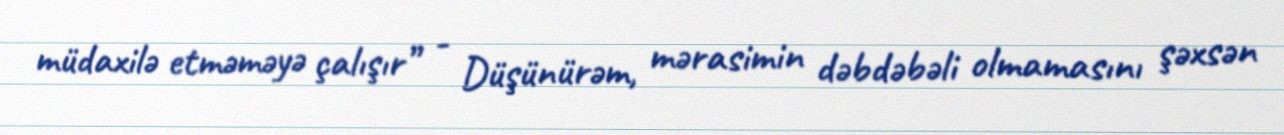
müdaxilə etməməyə çalışır” - Düşünürəm, mərasimin dəbdəbəli olmamasını şəxsən